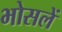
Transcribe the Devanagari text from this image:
भोसलें